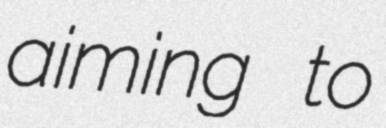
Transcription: aiming to